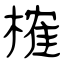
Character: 榷